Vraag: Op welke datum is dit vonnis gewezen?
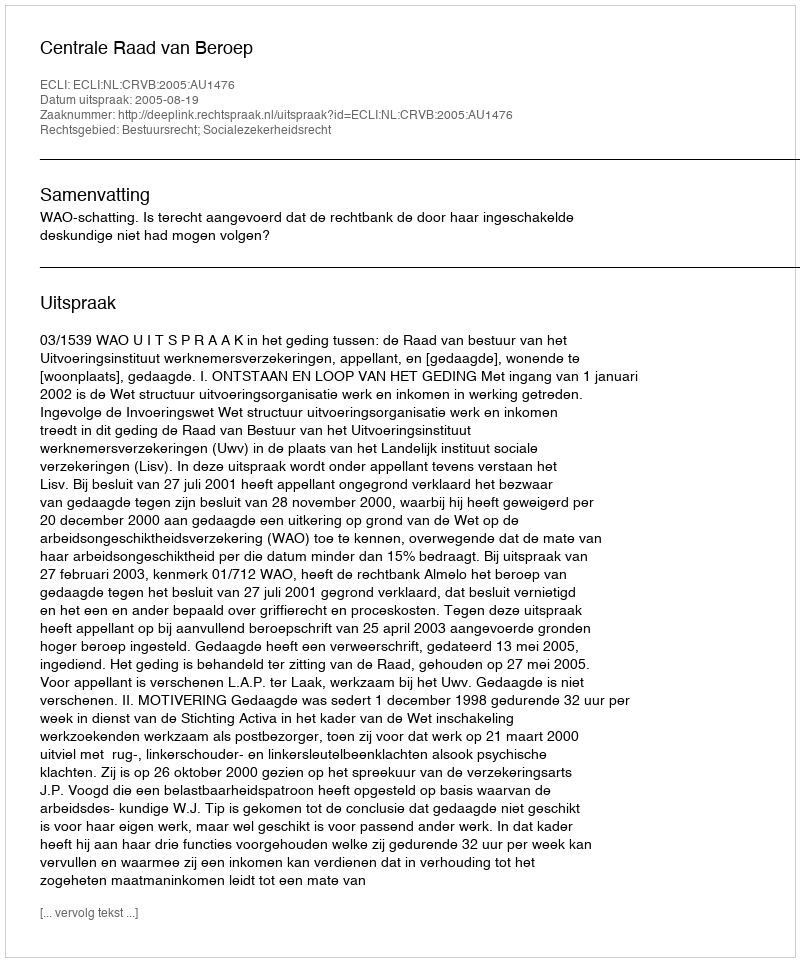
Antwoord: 2005-08-19